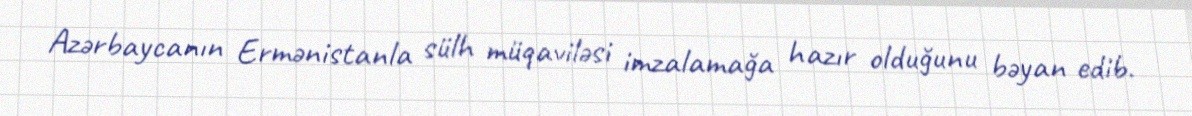
Azərbaycanın Ermənistanla sülh müqaviləsi imzalamağa hazır olduğunu bəyan edib.